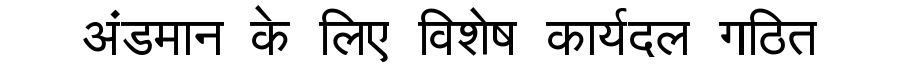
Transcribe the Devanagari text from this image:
अंडमान के लिए विशेष कार्यदल गठित